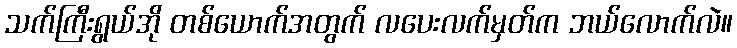
သက်ကြီးရွယ်အို တစ်ယောက်အတွက် လပေးလက်မှတ်က ဘယ်လောက်လဲ။